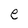
Character: e